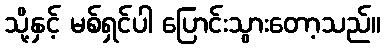
သို့နှင့် မစ်ရှင်ပါ ပြောင်းသွားတော့သည်။